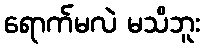
ရောက်မလဲ မသိဘူး